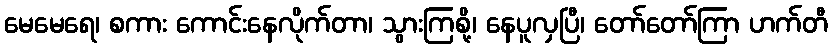
မေမေရေ၊ စကား ကောင်းနေလိုက်တာ၊ သွားကြစို့၊ နေပူလှပြီ၊ တော်တော်ကြာ ဟက်တီ